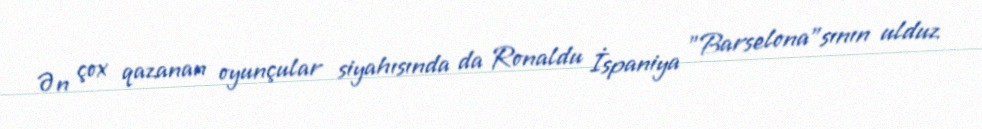
Ən çox qazanan oyunçular siyahısında da Ronaldu İspaniya "Barselona"sının ulduz